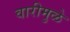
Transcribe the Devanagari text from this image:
वारीमुळे